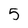
Character: 5